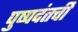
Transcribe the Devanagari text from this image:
पुष्पदंतची